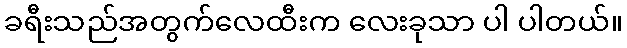
ခရီးသည်အတွက်လေထီးက လေးခုသာ ပါ ပါတယ်။